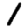
Digit: 1